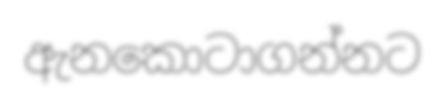
ඇනකොටාගන්නට